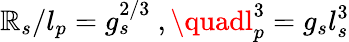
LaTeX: \mathbb{R}_{s}/l_{p}=g_{s}^{2/3}\ ,\quadl_{p}^{3}=g_{s}l_{s}^{3}